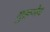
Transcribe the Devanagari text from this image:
गुरूमेव